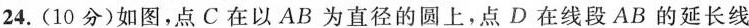
24.(10分)如图，点C在以AB为直径的圆上，点D在线段AB的延长线上